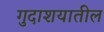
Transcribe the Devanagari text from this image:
गुदाशयातील